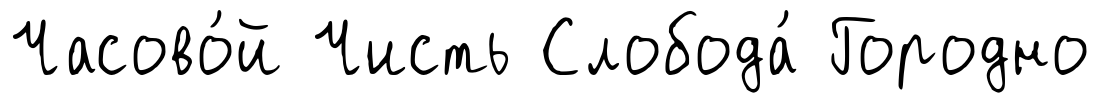
Часово́й Чисть Слобода́ Городно